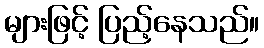
များဖြင့် ပြည့်နေသည်။